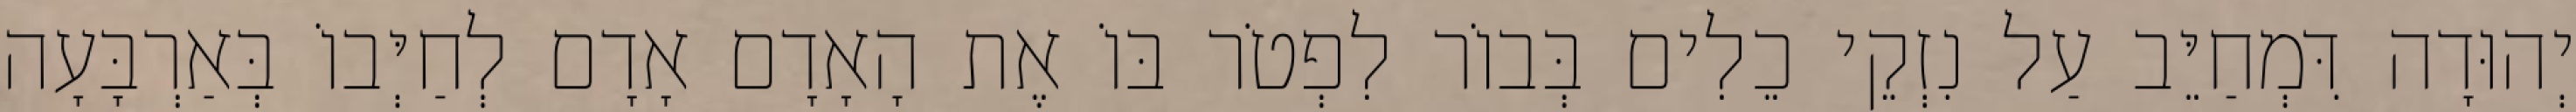
יְהוּדָה דִּמְחַיֵּב עַל נִזְקֵי כֵלִים בְּבוֹר לִפְטֹר בּוֹ אֶת הָאָדָם אָדָם לְחַיְּבוֹ בְּאַרְבָּעָה